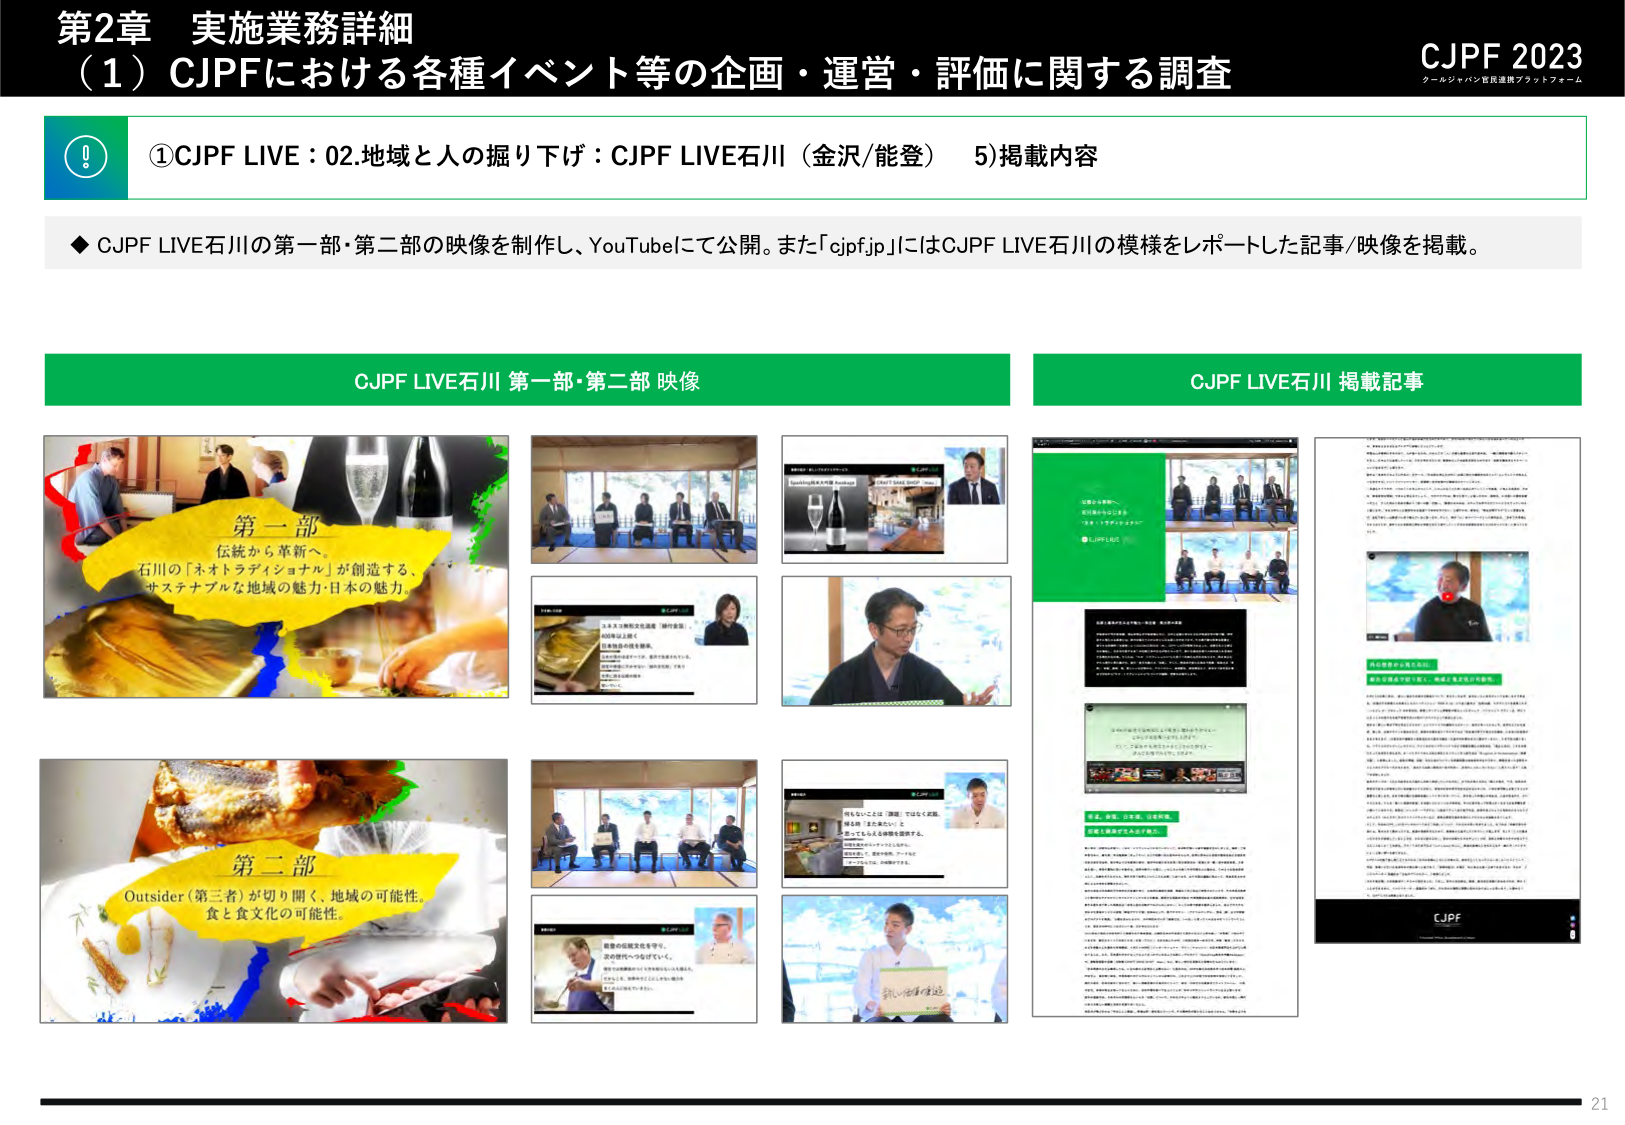
第2章 実施業務詳細
（1）CJPFにおける各種イベント等の企画・運営・評価に関する調査

CJPF 2023
クールジャパン官民連携プラットフォーム

①CJPF LIVE：02.地域と人の掘り下げ：CJPF LIVE石川（金沢/能登） 5)掲載内容

◆ CJPF LIVE石川の第一部・第二部の映像を制作し、YouTubeにて公開。また「cjpf.jp」にはCJPF LIVE石川の模様をレポートした記事/映像を掲載。

CJPF LIVE石川 第一部・第二部 映像

第一部
伝統から革新へ。
石川の「ネオトラディショナル」が創造する、
サステナブルな地域の魅力：日本の魅力。

第二部
Outsider（第三者）が切り開く、地域の可能性。
食と食文化の可能性。

CJPF LIVE石川 掲載記事

CJPF

21